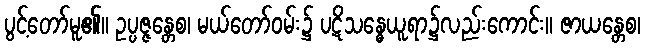
ပွင့်တော်မူ၏။ ဥပ္ပဇ္ဇန္တေစ၊ မယ်တော်ဝမ်း၌ ပဋိသန္ဓေယူရာ၌လည်းကောင်း။ ဇာယန္တေစ၊